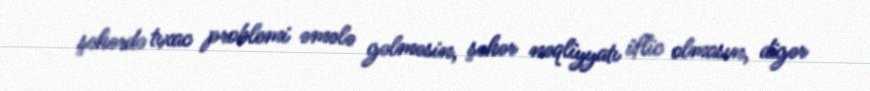
şəhərdə tıxac problemi əmələ gəlməsin, şəhər nəqliyyatı iflic olmasın, digər